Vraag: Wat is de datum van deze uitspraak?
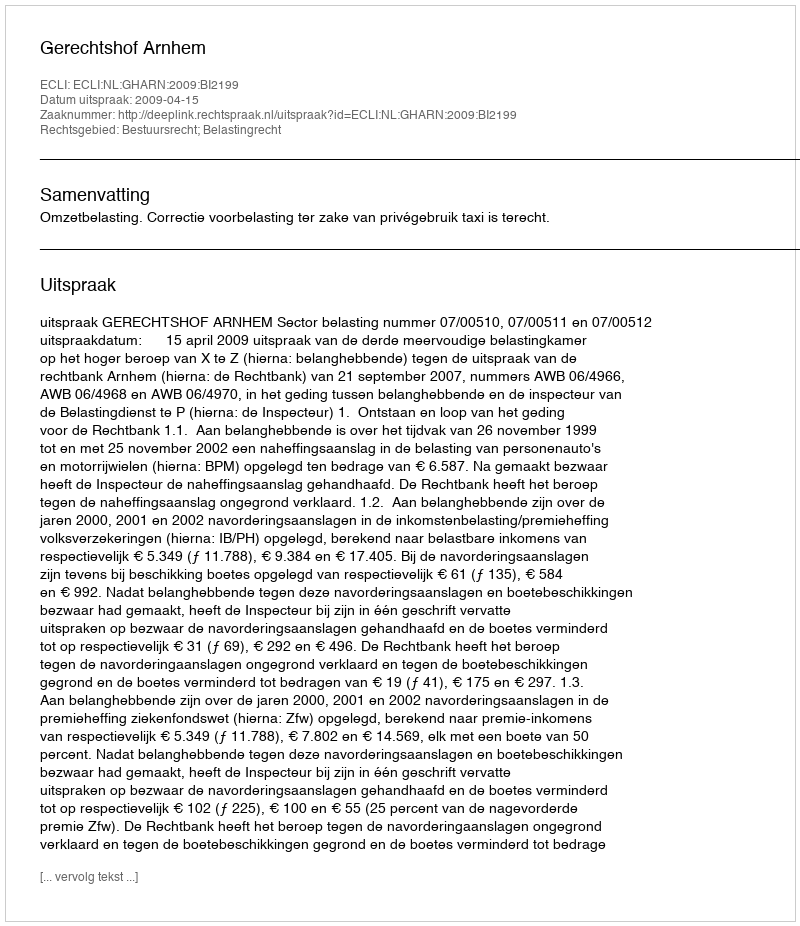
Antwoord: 2009-04-15